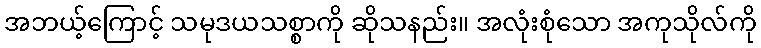
အဘယ့်ကြောင့် သမုဒယသစ္စာကို ဆိုသနည်း။ အလုံးစုံသော အကုသိုလ်ကို